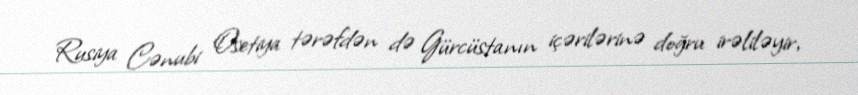
Rusiya Cənubi Osetiya tərəfdən də Gürcüstanın içərilərinə doğru irəliləyir,